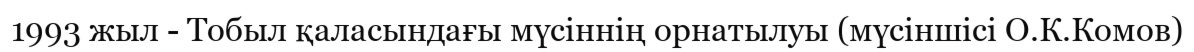
1993 жыл - Тобыл қаласындағы мүсіннің орнатылуы (мүсіншісі О.К.Комов)